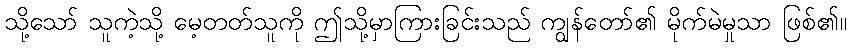
သို့သော် သူကဲ့သို့ မေ့တတ်သူကို ဤသို့မှာကြားခြင်းသည် ကျွန်တော်၏ မိုက်မဲမှုသာ ဖြစ်၏။